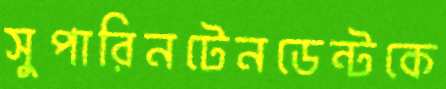
সুপারিনটেনডেন্টকে